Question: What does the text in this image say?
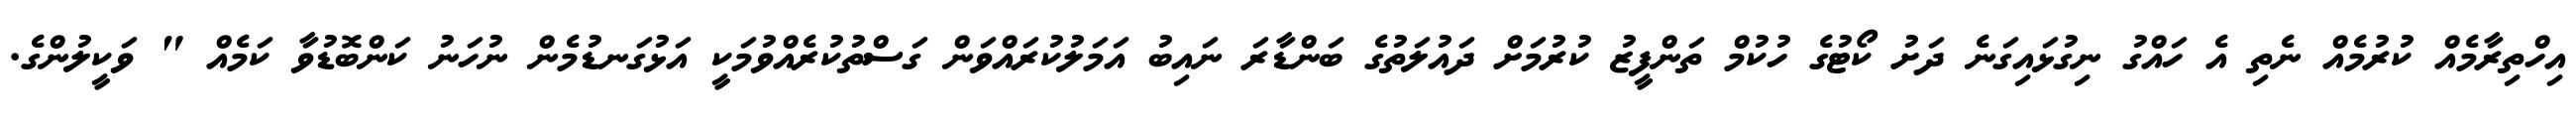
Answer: އިހްތިރާމެއް ކުރުމެއް ނެތި އެ ހައްގު ނިގުޅައިގަނެ ދަށު ކޯޓުގެ ހުކުމް ތަންފީޒު ކުރުމަށް ދައުލަތުގެ ބަންޑާރަ ނައިބު އަމަލުކުރައްވަން ގަސްތުކުރެއްވުމަކީ އަޅުގަނޑުމެން ނުހަނު ކަންބޮޑުވާ ކަމެއް " ވަކީލުންގެ.